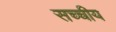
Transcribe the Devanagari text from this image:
सच्चीय